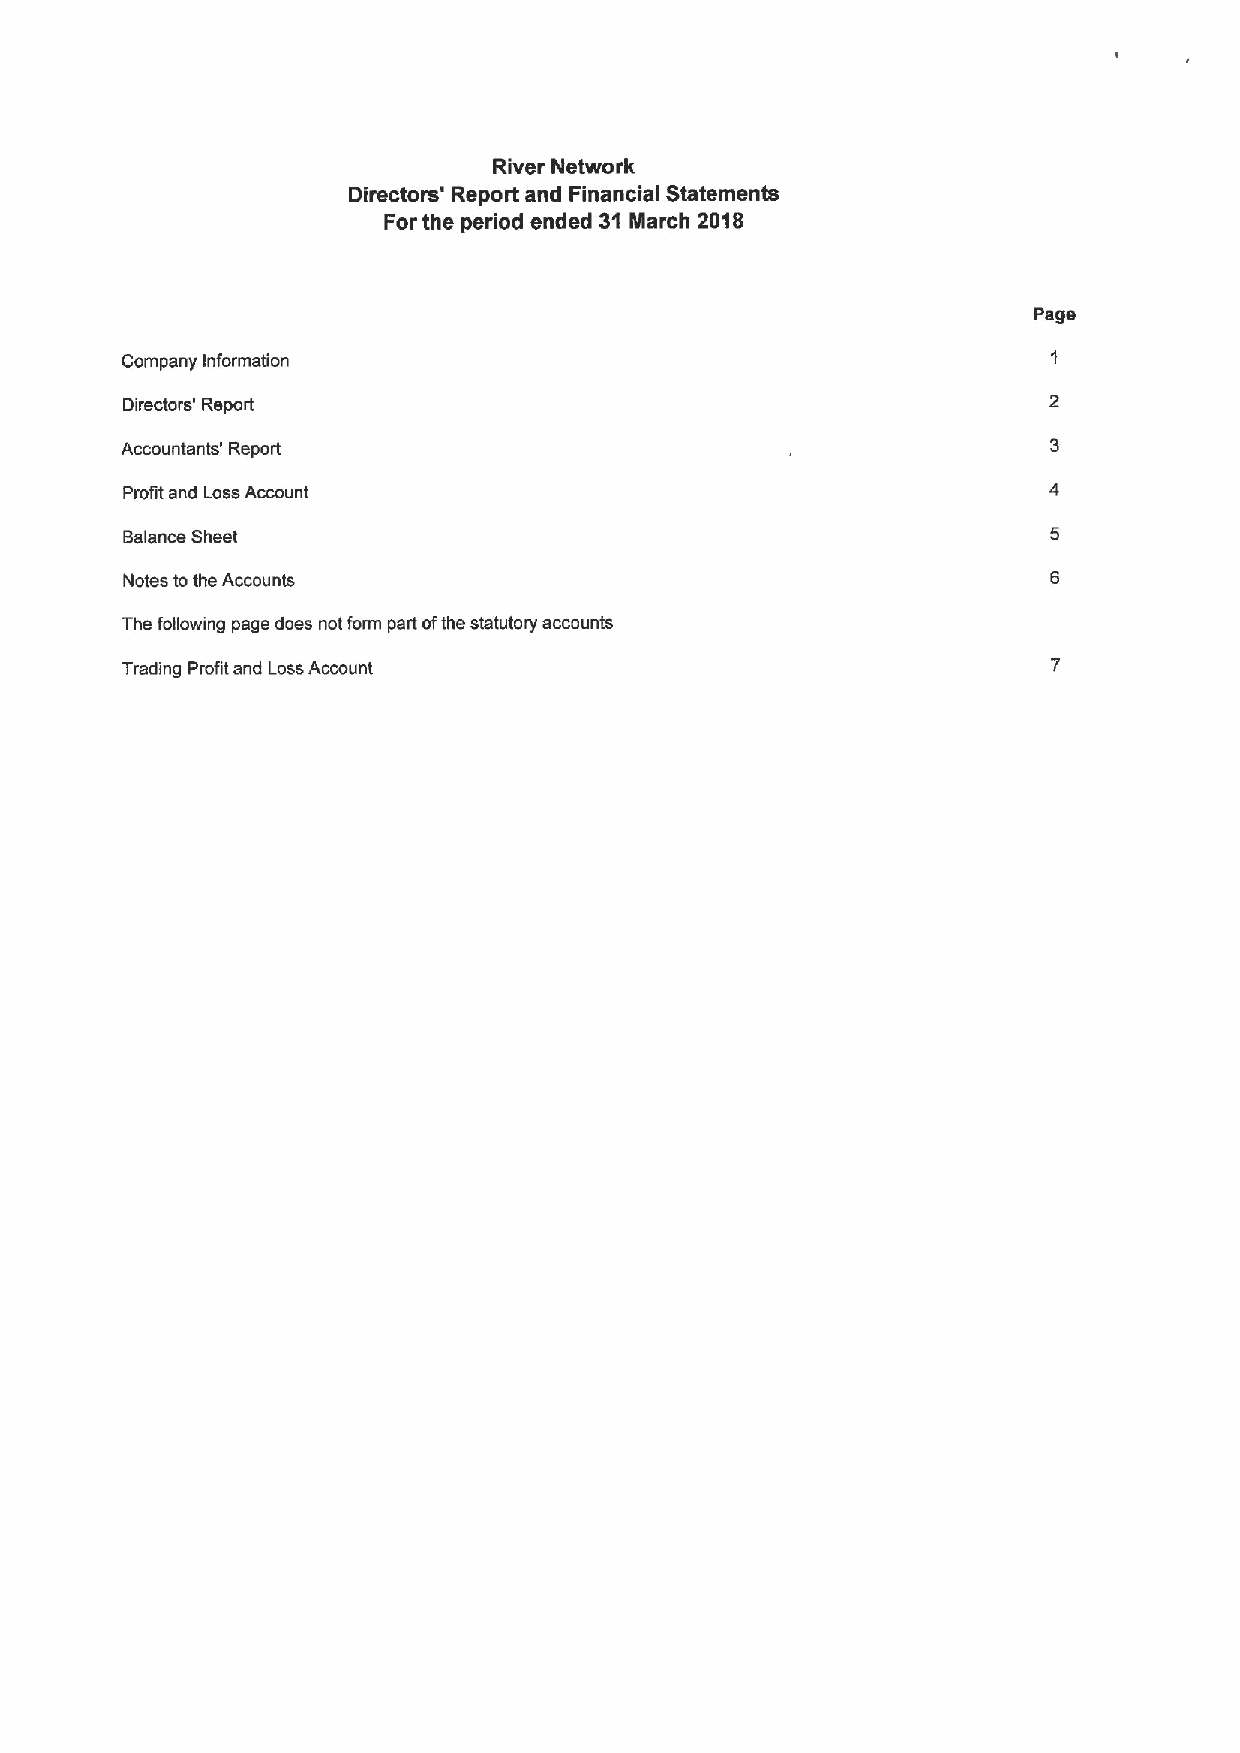
River Network
 Directors' Report and Financial Statements
 For the period ended 31 March 2018
 Page
 Company Information
 Directors' Report
 Accountants' Report
 Profit and LossAccount
 Balance Sheet
 Notes tothe Accounts
 The following page does not form part ofthe statutory accounts
 Trading Profit and LossAccount